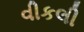
વીકલી